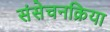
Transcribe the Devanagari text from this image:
संसेचनक्रिया